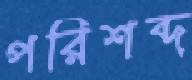
পরিশব্দ